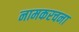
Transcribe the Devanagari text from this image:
नामकरचना